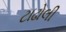
ટાઢોલી